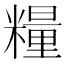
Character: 糧